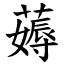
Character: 薅